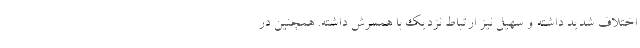
اختلاف شدید داشته و سهیل نیز ارتباط نزدیک با همسرش داشته. همچنین در